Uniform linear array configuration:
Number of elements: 48
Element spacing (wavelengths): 0.5
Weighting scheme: cosine
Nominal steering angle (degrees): -60
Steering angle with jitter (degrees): -60.508
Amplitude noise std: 0.05
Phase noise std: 0.05

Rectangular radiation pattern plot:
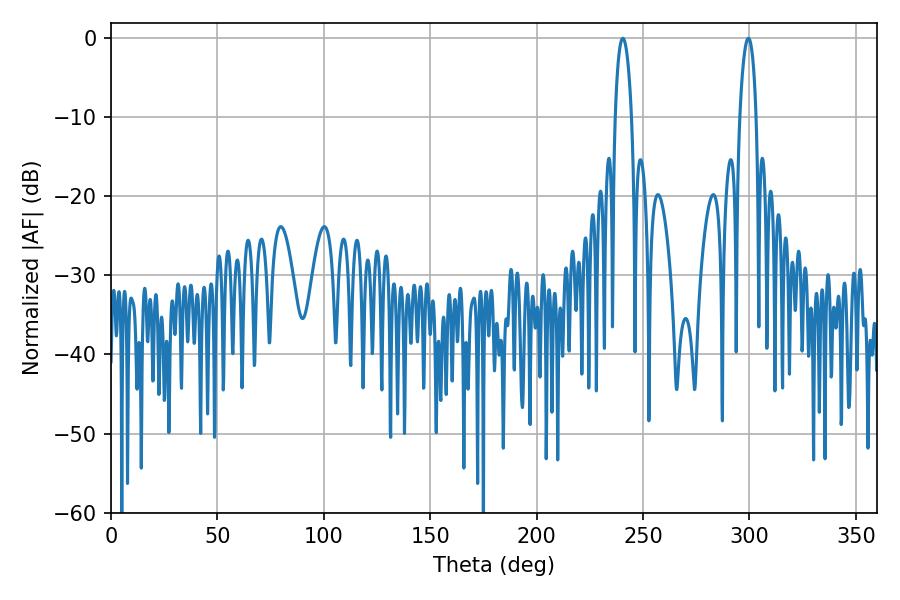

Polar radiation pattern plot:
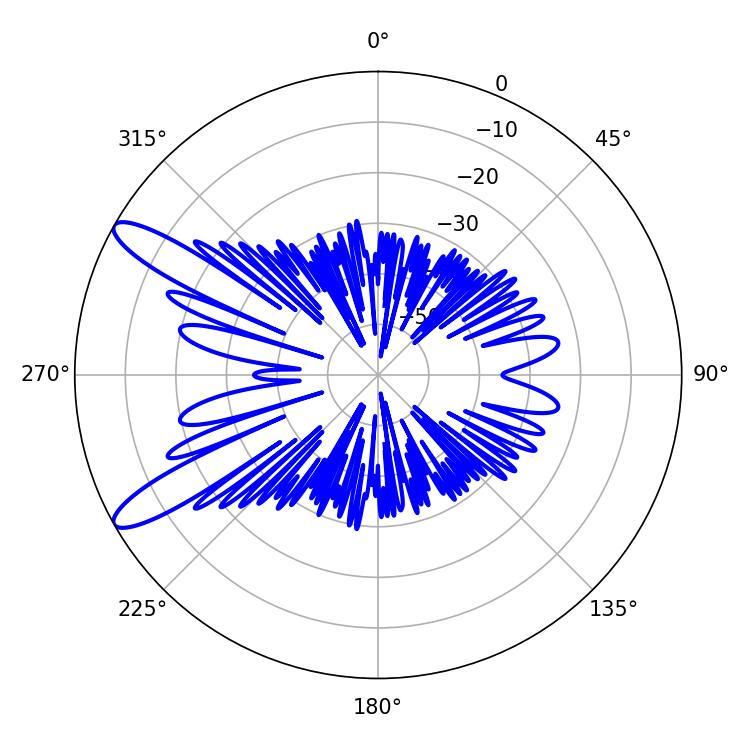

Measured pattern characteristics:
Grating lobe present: FALSE
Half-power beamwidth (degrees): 4.32
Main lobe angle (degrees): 299.52